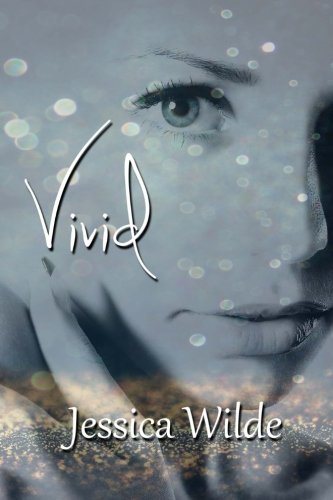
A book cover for Vivid; Jessica Wilde; Romance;